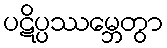
ပဋိပ္ပဿမ္ဘေတွာ